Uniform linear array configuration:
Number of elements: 32
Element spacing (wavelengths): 0.25
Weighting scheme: blackman
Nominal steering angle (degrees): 60
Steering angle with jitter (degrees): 58.483
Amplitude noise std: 0.05
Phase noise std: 0.05

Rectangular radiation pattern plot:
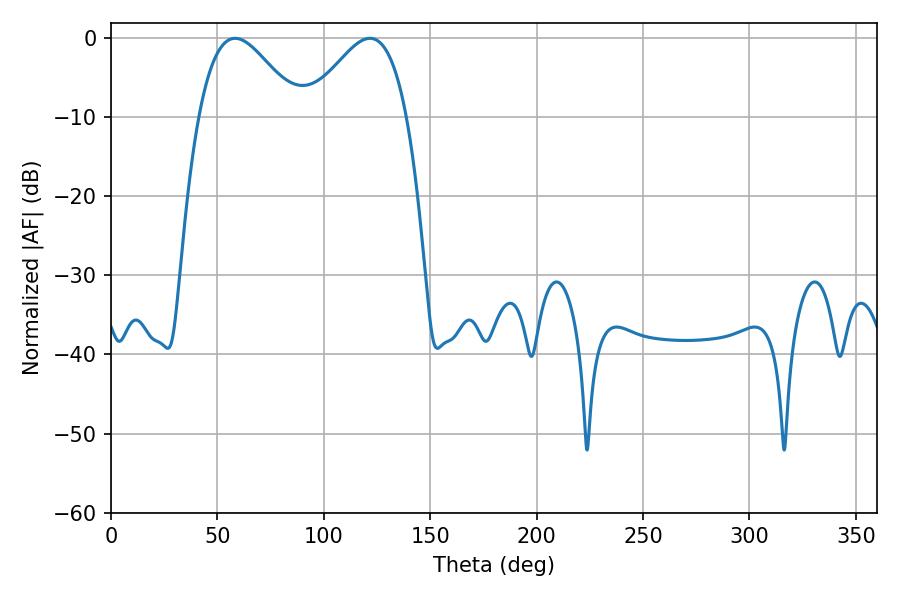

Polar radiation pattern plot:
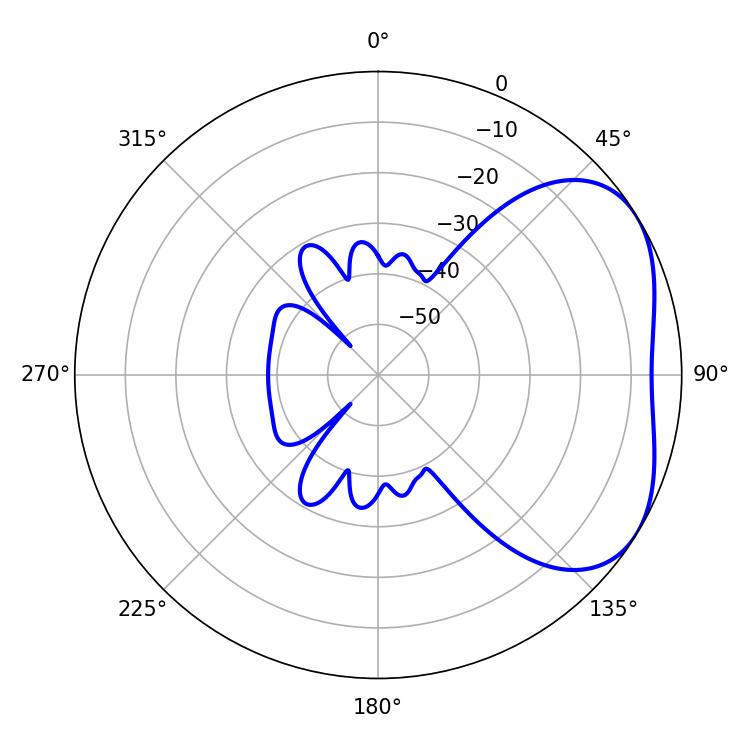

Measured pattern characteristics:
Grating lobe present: FALSE
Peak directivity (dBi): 3.719
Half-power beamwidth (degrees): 25.2
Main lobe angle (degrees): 58.32